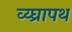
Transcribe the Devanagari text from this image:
व्य्घ्रापथ